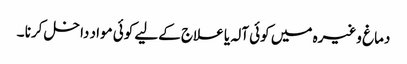
دماغ وغیرہ میں کوئی آلہ یا علاج کےلیے کوئی مواد داخل کرنا ۔